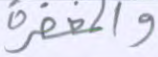
والمغفرة